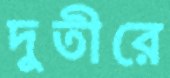
দুতীরে